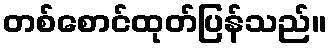
တစ်စောင်ထုတ်ပြန်သည်။